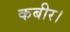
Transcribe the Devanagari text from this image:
कबीर।